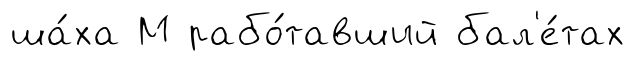
ша́ха М рабо́тавший бал'е́тах